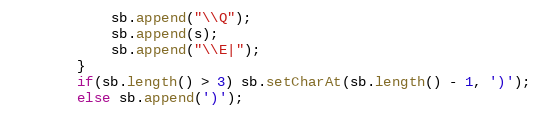
Language: Java
            sb.append("\\Q");
            sb.append(s);
            sb.append("\\E|");
        }
        if(sb.length() > 3) sb.setCharAt(sb.length() - 1, ')');
        else sb.append(')');